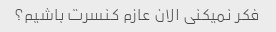
فکر نمیکنی الان عازم کنسرت باشیم؟